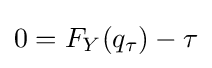
0=F_{Y}(q_{\tau })-\tau